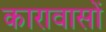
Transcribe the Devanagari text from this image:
कारावासों